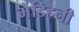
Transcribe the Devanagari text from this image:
मेडिहनी